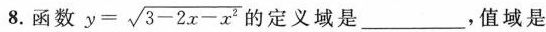
8.函数 $$y = \sqrt { 3 - 2 x - x ^ { 2 } }$$ 的定义域是___，值域是